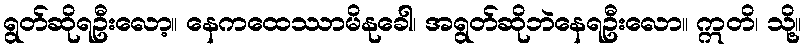
ရွတ်ဆိုရဦးလော့။ နေကထေဿာမိနုခေါ၊ အရွတ်ဆိုဘဲနေရဦးလော။ ဣတိ၊ သို့။